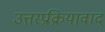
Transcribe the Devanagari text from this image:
उत्तरप्रक्रियावाद